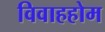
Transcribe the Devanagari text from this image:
विवाहहोम